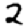
Digit: 2